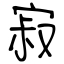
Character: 寂